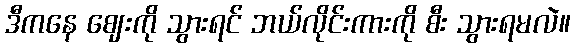
ဒီကနေ ဈေးကို သွားရင် ဘယ်လိုင်းကားကို စီး သွားရမလဲ။